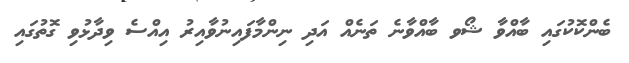
ބެންކޮކުގައި ބާއްވާ ޝޯވ ބާއްވާނެ ތަނެއް އަދި ނިންމާފައިނުވާއިރު އިއްސެ ވިދާޅުވި ގޮތުގައި